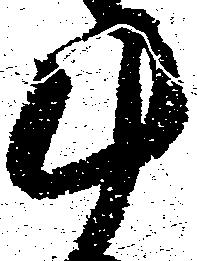
斗